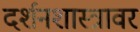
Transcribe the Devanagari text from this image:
दर्शनशास्त्रावर